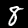
Label: 8